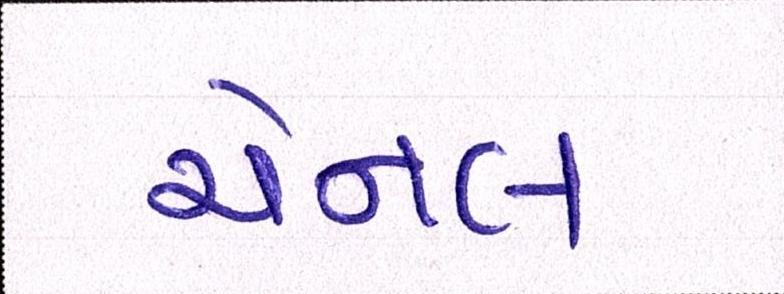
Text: ચેનલ